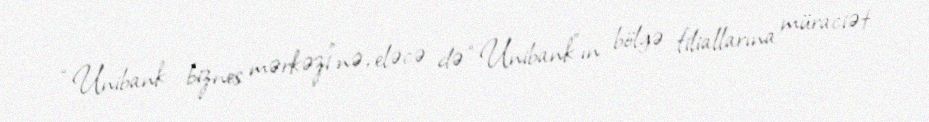
“Unibank- biznes mərkəzi”nə, eləcə də “Unibank”ın bölgə filiallarına müraciət